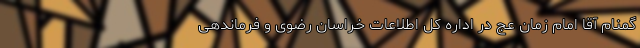
گمنام آقا امام زمان عج در اداره کل اطلاعات خراسان رضوی و فرماندهی